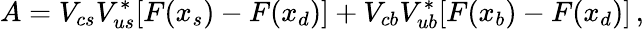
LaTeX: A=V_{cs}V_{us}^{*}[F(x_{s})-F(x_{d})]+V_{cb}V_{ub}^{*}[F(x_{b})-F(x_{d})]\, ,